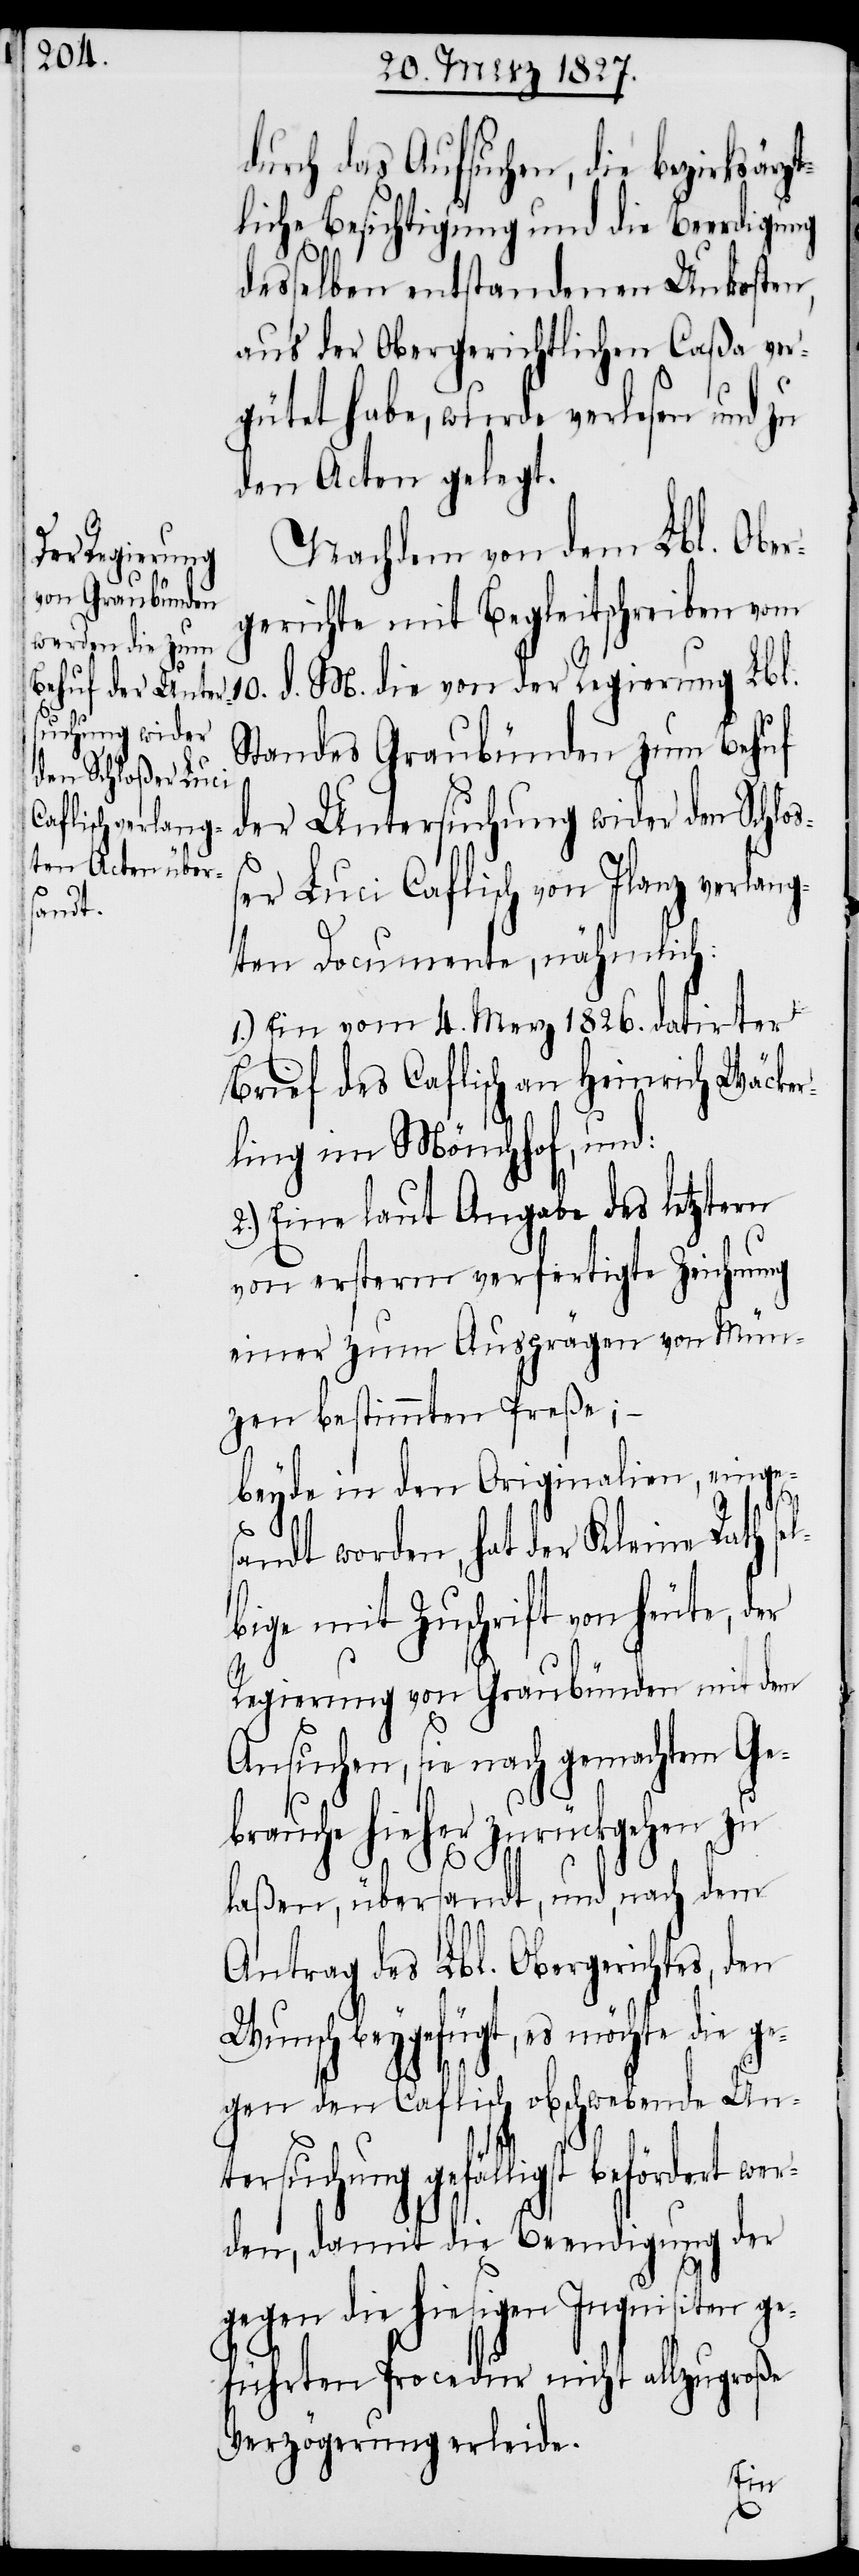
durch das Aufsuchen, die bezirksärzt¬
liche Besichtigung und die Beerdigung
desselben entstandenen Unkosten,
aus der Obergerichtlichen Caßa ver¬
gütet habe, wurde verlesen und zu
den Acten gelegt.
Nachdem von dem Lbl. Ober¬
gerichte mit Begleitschreiben vom
10. d. M. die von der Regierung Lbl.
Standes Graubünden zum Behuf
der Untersuchung wider den Schloß¬
er Luci Caflisch von Ilanz verlang¬
ten Documente, nähmlich:
1.) Ein vom 4. Merz 1826. datirter
Brief des Caflisch an Heinrich Wäcker¬
ling im Mönchhof, und:
2.) Eine laut Angabe des letztern
von ersterm verfertigte Zeichnung
einer zum Ausprägen von Mün¬
zen bestimmten Preße; –
beyde in den Originalien, einges¬
andt worden, hat der Kleine Rath se¬
lbige mit Zuschrift von heute, der
Regierung von Graubünden mit dem
Ansuchen, sie nach gemachtem Ge¬
brauche hieher zurückgehen zu
laßen, übersandt, und, nach dem
Antrag des Lbl. Obergerichtes, den
Wunsch beygefügt, es möchte die ge¬
gen den Caflisch obschwebende Un¬
tersuchung gefälligst befördert wer¬
den, damit die Beendigung der
gegen die hiesigen Inquisiten ge¬
führten Procedur nicht allzugroße
Verzögerung erleide.